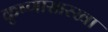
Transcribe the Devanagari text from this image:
कृष्णासारखा